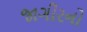
જાગીરનો